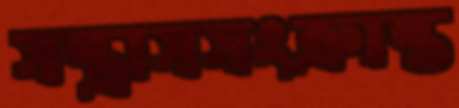
সন্ত্রাসসংক্রান্ত